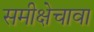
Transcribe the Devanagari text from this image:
समीक्षेचावा